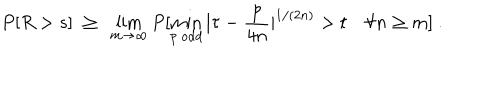
P [ R > s ] \ \ge \ \lim _ { m \to \infty } P [ \min _ { { p \ \mathrm { o d d } } } | \tau - \frac p { 4 n } | ^ { 1 / ( 2 n ) } > t \quad \forall n \ge m ] \ .